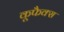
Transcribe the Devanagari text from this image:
कूफैक्स